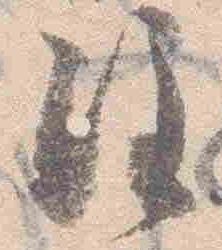
注